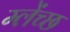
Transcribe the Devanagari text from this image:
म्लेंच्छ